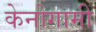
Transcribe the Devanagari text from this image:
केनोगामी